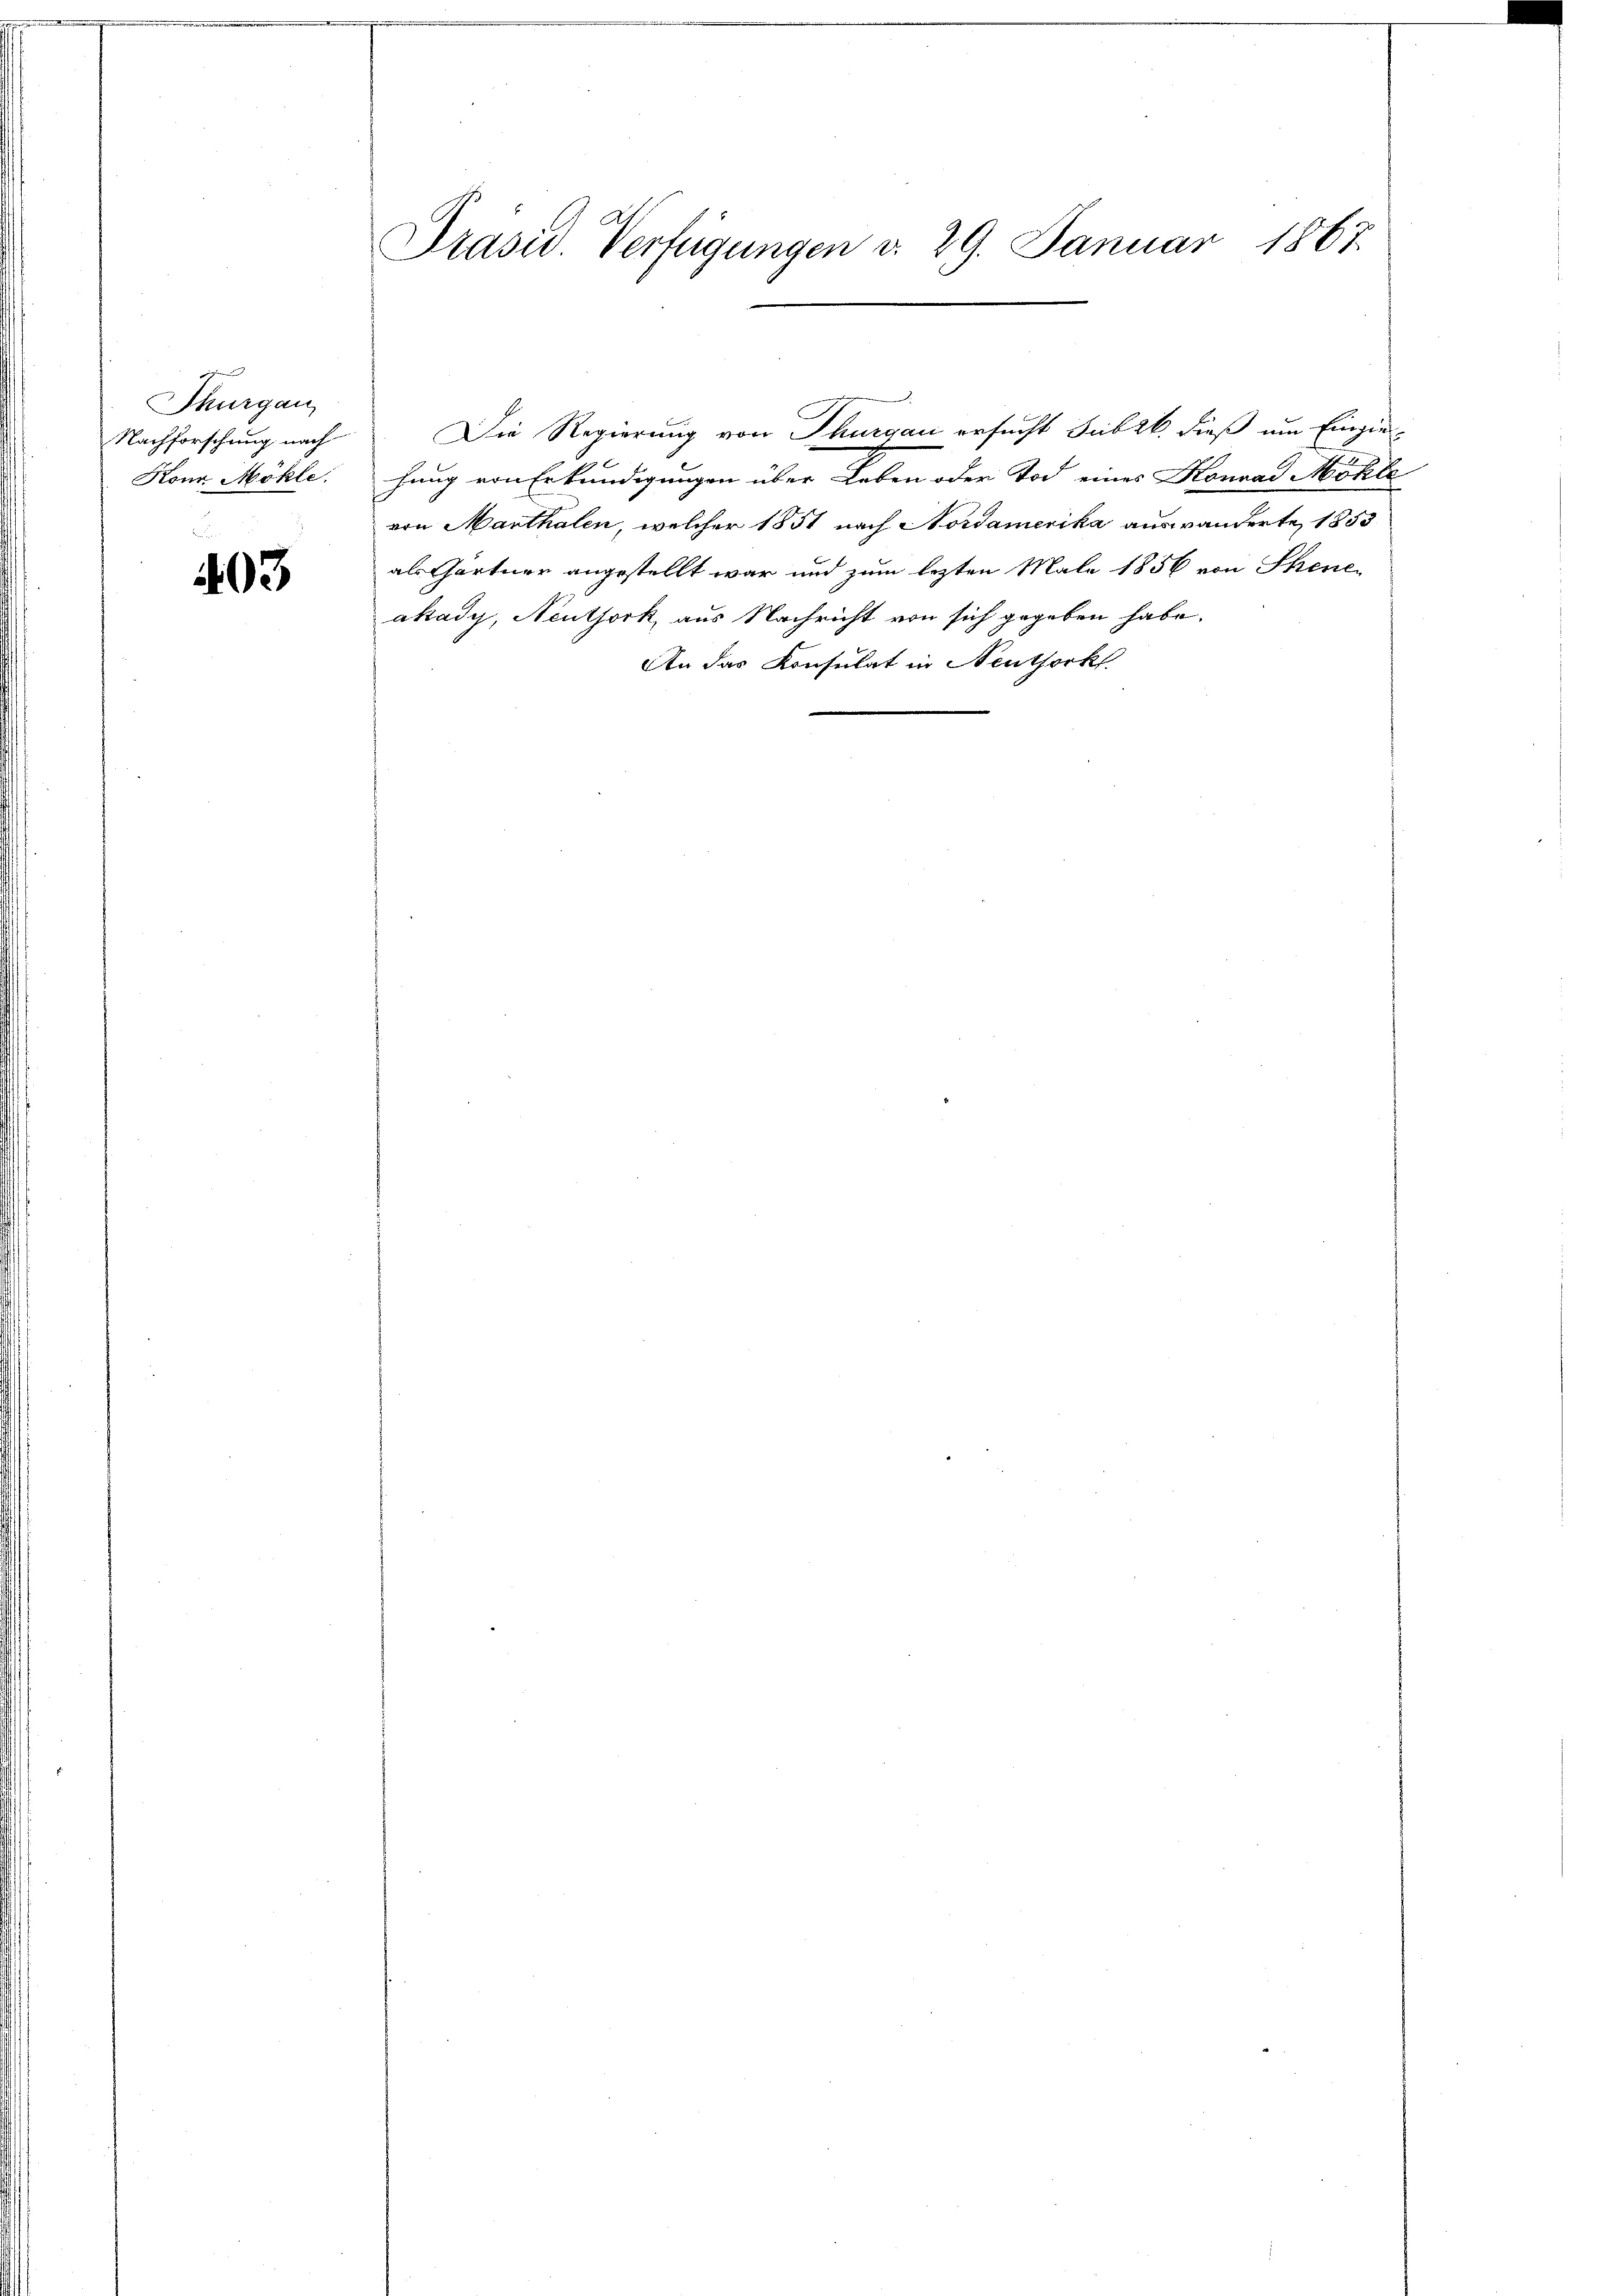
Thurgau
Nachforschung nach
Konn Möhle.

403

Präsid Verfügungen d. 29. Januar 1867.

Die Regierung von Thurgau ersucht sub 26. dieß um Einziehung von Erkundigungen über Leben oder Tod eines Konrad Nohle
von Marthalen, welcher 1851 nach Nordamerika auswanderte, 1853
als Gärtner angestellt war und zum lezten Male 1856 von Thene
akady, Neuthork, aus Nachricht von sich gegeben habe.
An das Konsulat in Neuthork